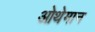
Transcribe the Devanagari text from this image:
ओथेमान